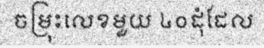
ចម្រុះលេខមួយ ៤០ដុំដែល